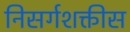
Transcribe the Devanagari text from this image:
निसर्गशक्तीस